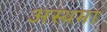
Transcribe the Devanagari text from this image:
अस्‍थमा